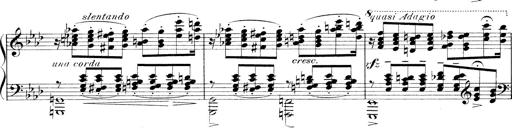
Title: 3 Ã‰tudes de concert
Composer: Franz Liszt